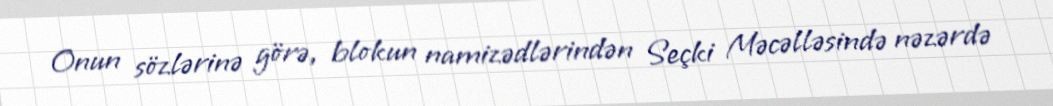
Onun sözlərinə görə, blokun namizədlərindən Seçki Məcəlləsində nəzərdə